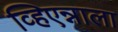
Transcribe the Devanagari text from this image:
व्हिएन्नाला